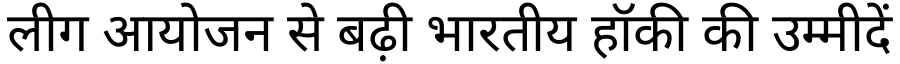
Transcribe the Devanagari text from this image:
लीग आयोजन से बढ़ी भारतीय हॉकी की उम्मीदें